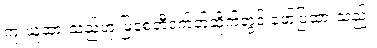
ကူးယူထားသည်ဟု မြစေတီဝက်ဘ်ဆိုက်တွင် ဖော်ပြထားသည်။